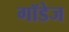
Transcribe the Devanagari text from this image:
गॉडेज